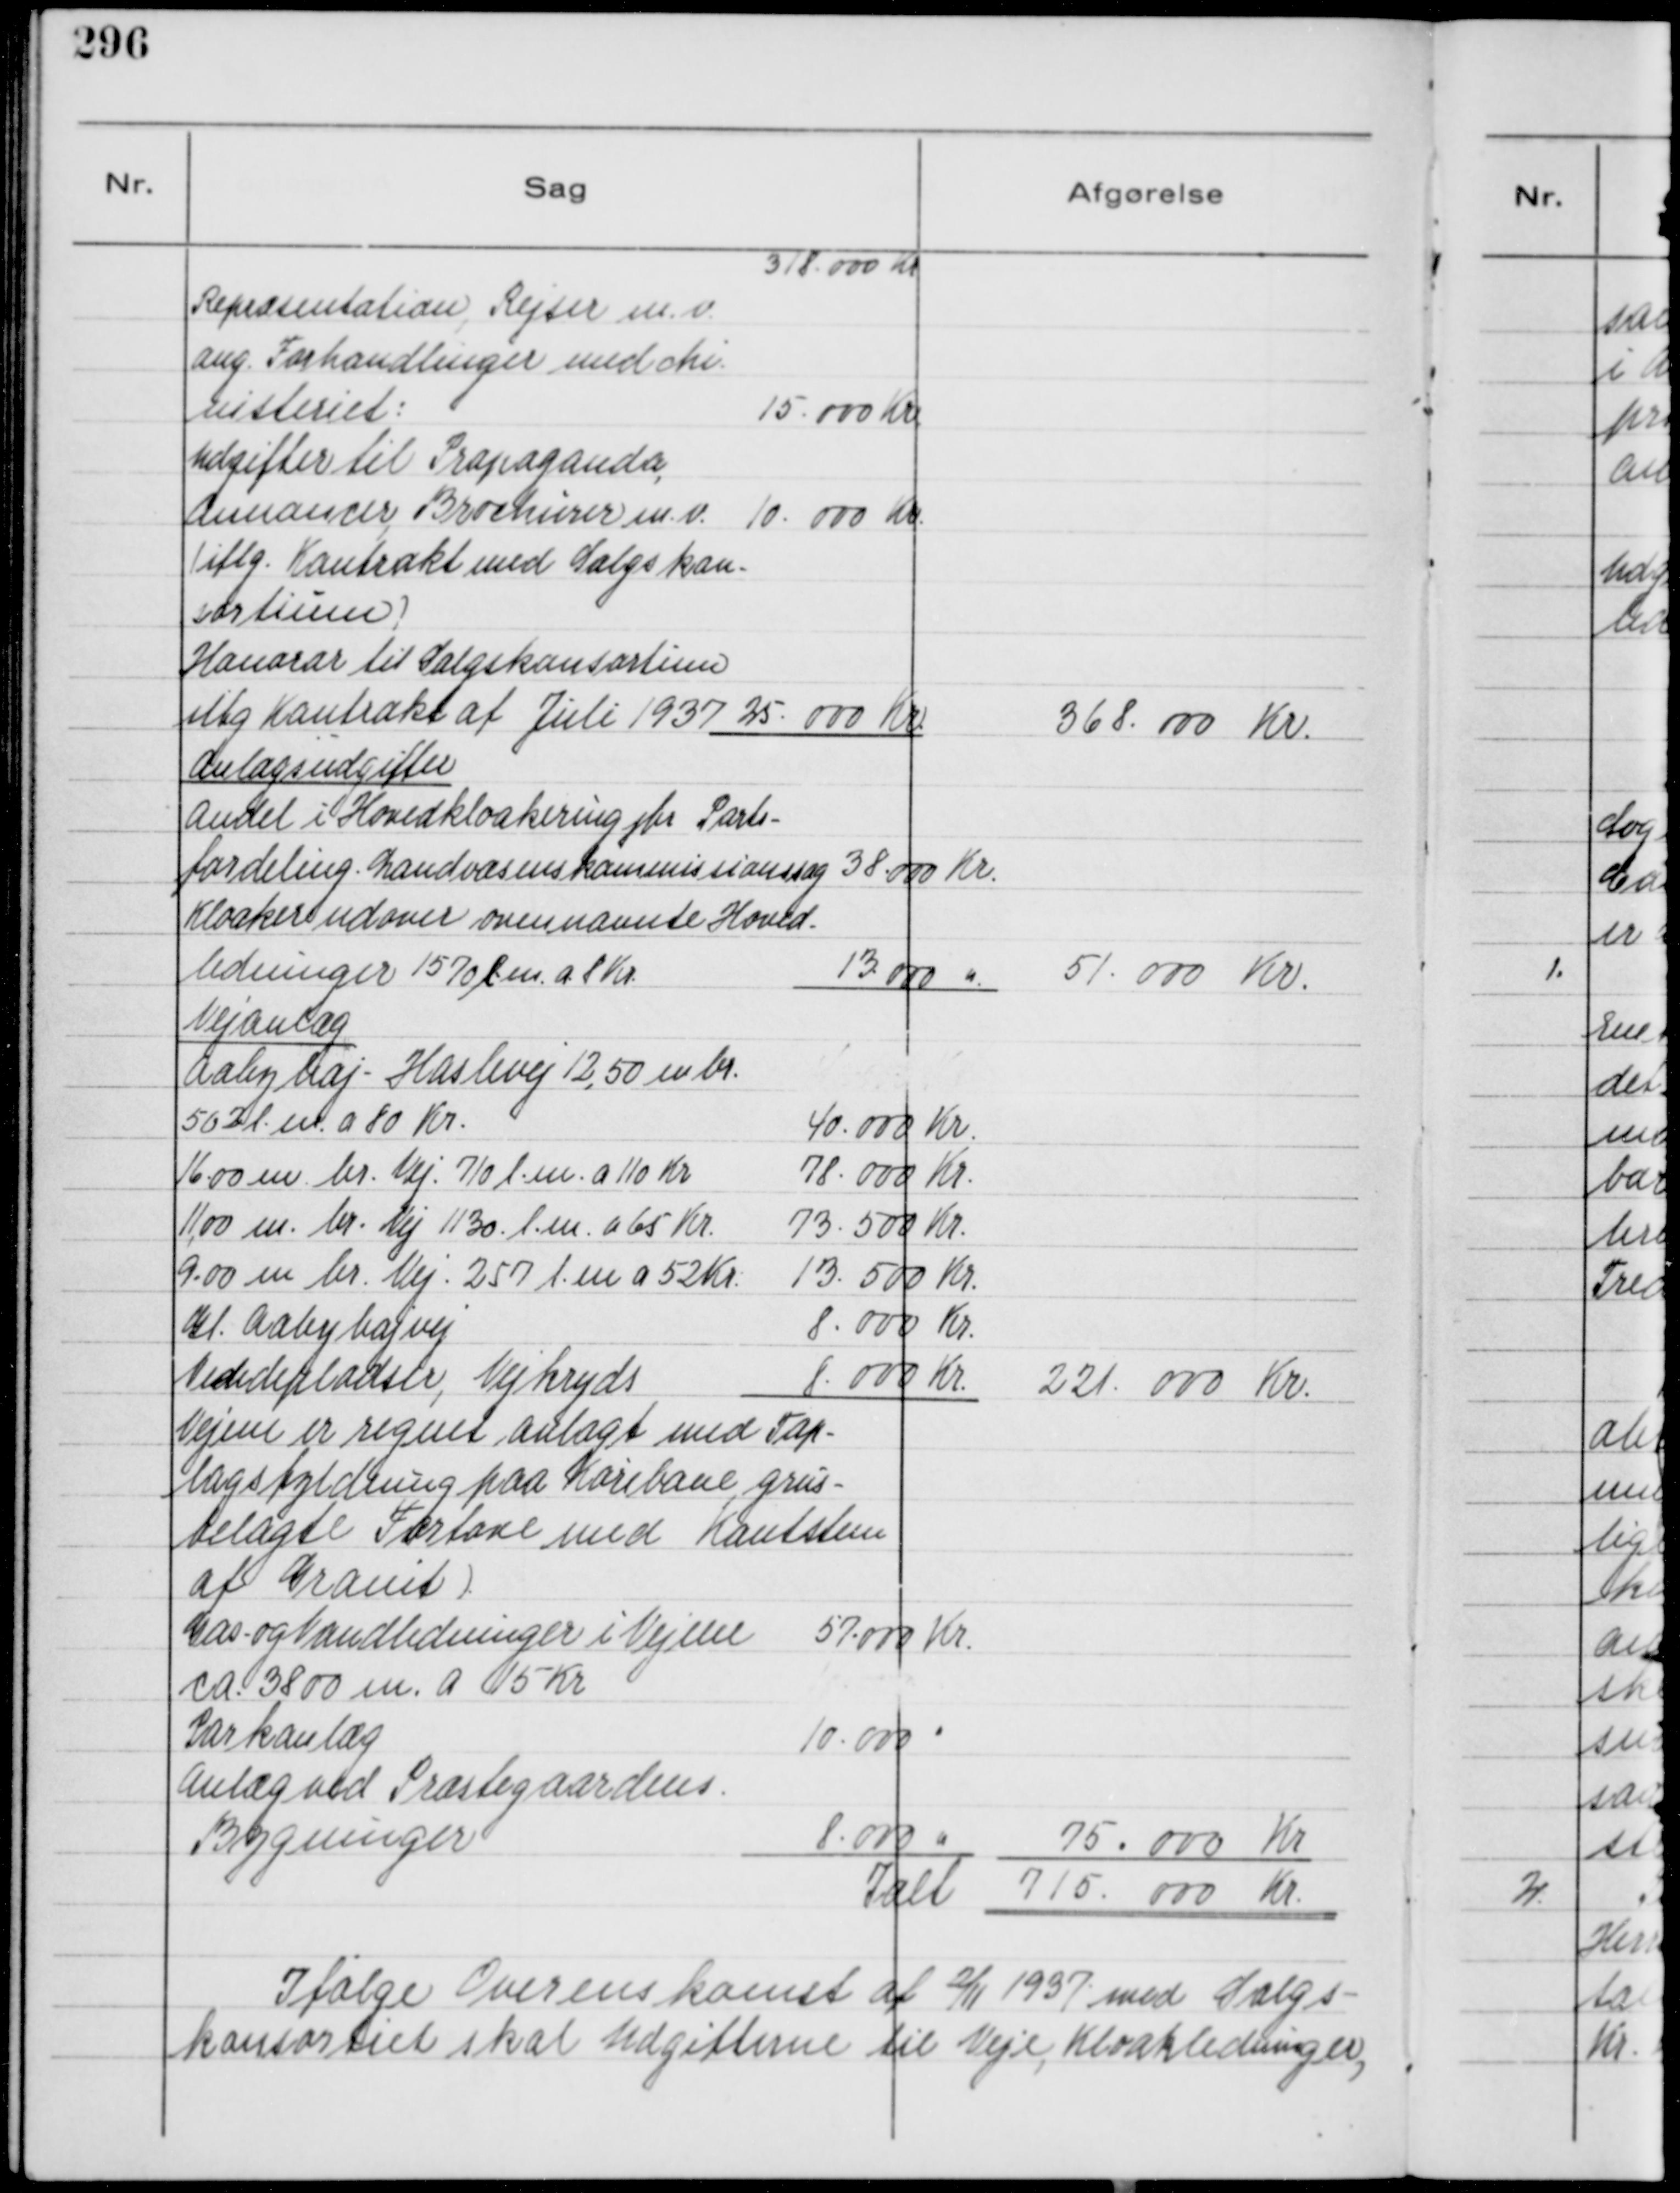
Transskription:
318.000 Kr
Repræsentation, Rejser m. v.
ang. Forhandlinger med Mi-
nisteriet:
15.000 Kr.
Udgifter til Propaganda
Annoncer Brochurer m. v.
( iflg. Kontrakt med Salgskon-
sortium )
10.000 Kr.
Honorar til Salgskonsortiun
iflg Kontrakt af Juli 1937 25.000 Kr.
368.000 Kr.

Anlægsudgifter
Andel i Hovedkloakering jfr Parts-
fordeling - Landvæsenskommissionssag 38.000 Kr.
Kloaker udover ovennævnte Hoved-
ledninger 1570 l.m. a. 8 Kr.
13.000 "
51.000 Kr.

Vejanlæg
Aabyhøj - Haslevej 12,50 m br
562 l. m. a 80 Kr.
40.000 Kr.
16,00 m. br. Vej 710 l. m. a 110 Kr
78.000 Kr.
11,00 m. br. Vej 1130 l. m. a 65 Kr
73.500 Kr.
9,00 m br. Vej 257 l. m a 52 Kr.
13.500 Kr.
Gl. Aabyhøjvej
8.000 Kr.
Vendepladser, Vejkryds
8.000 Kr.
221.000 Kr.
Vejene er regnet anlagt med Top-
lagsfyldning paa Kørebane, grus-
belagte Fortove med Kantsten
af Granit )
Gas- og Vandledninger i Vejene
ca. 3800 m. a 15 Kr
57.000 Kr.
Parkanlæg
10.000 "
Anlæg ved Præstegaardens
Bygninger
8.000 "
75.000 Kr
Ialt 715.000 Kr.

Ifølge Overenskomst af 2/11 1937 med Salgs-
konsortiet skal Udgifterne til Veje, Kloakledninger,